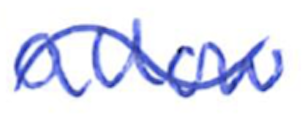
Text: allow
Cross-out: wave
Writing tool: ballpoint